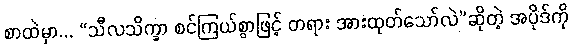
စာထဲမှာ... “သီလသိက္ခာ စင်ကြယ်စွာဖြင့် တရား အားထုတ်သော်လဲ”ဆိုတဲ့ အပိုဒ်ကို